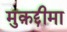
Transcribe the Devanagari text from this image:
मुक़द्दीमा